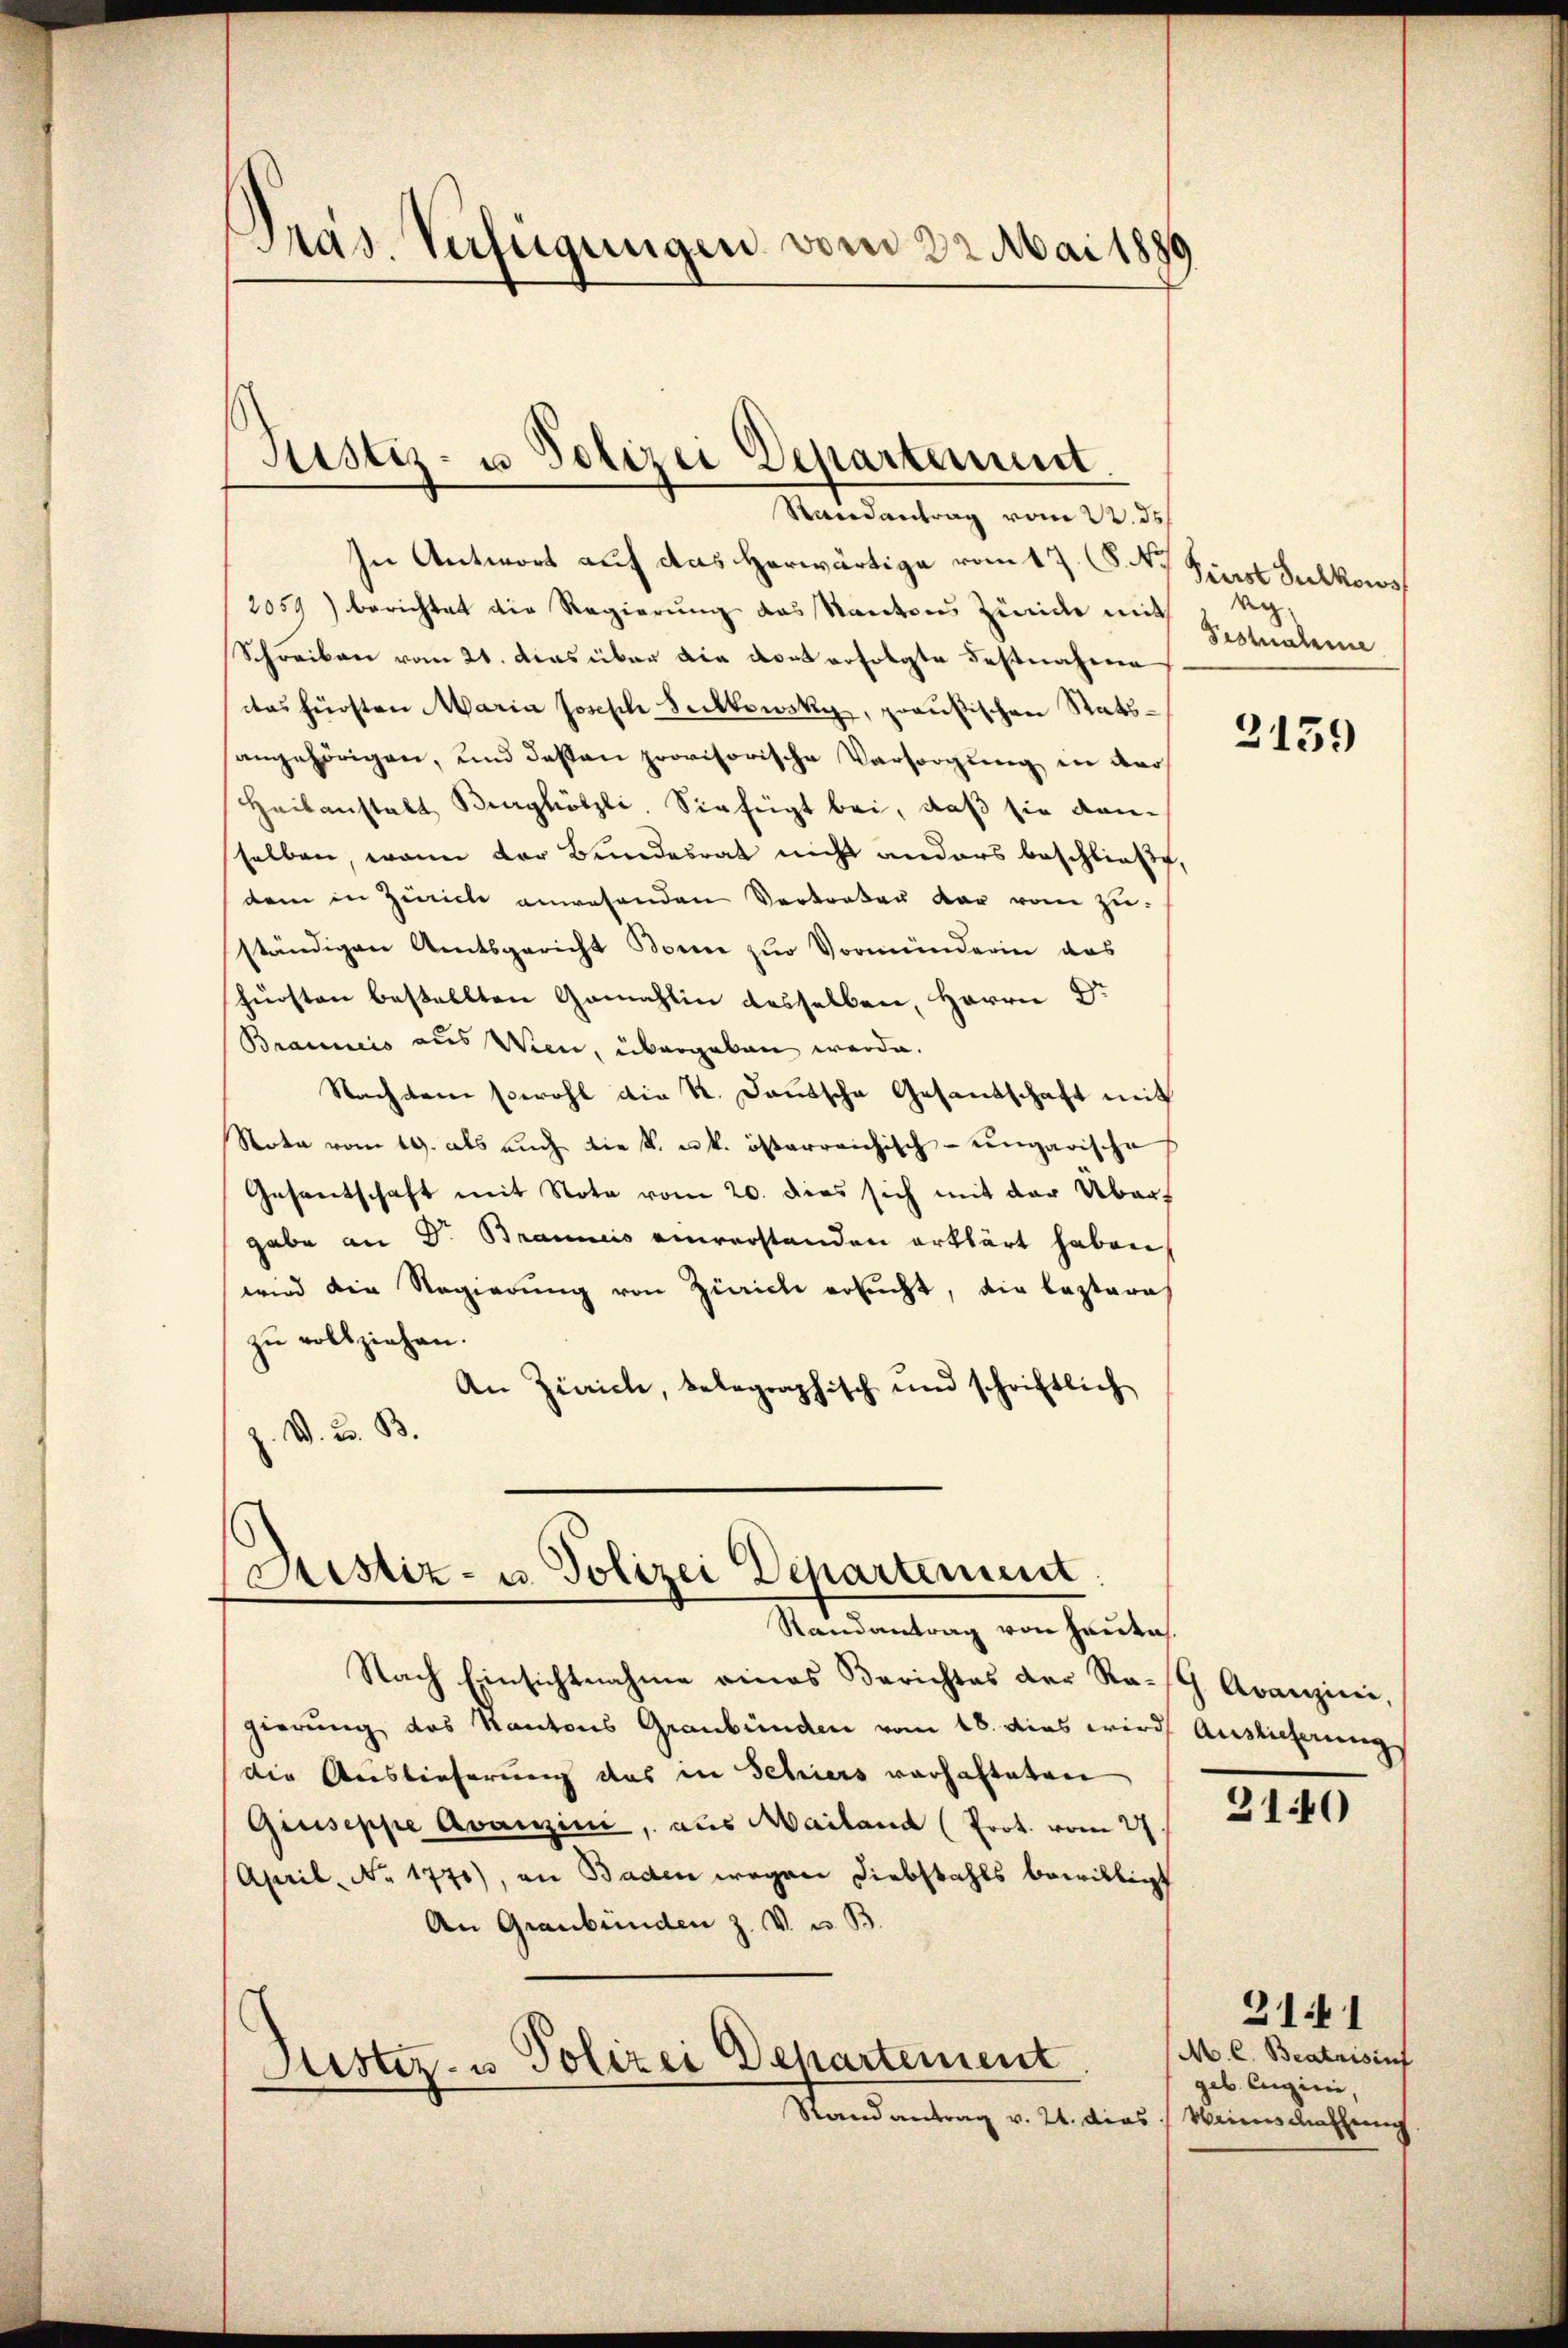
Pras. Verfügungen vom 22. Mai 1880

Justiz- u Polizei Departement
Randantrag vom 22. ds

In Antwort auf das herwärtige vom 17. (8. No
2051) berichtet die Regierung das Kantons Zünde mit
Schreiben vom 21. das über die dort erfolgte Festnahme
das fürsten Maria Joseph Suckkowsky, preußischen Statsangehörigen, und deßen provisorische Vorsorgung in der
Heilanstalt Burghölzli. Sie fügt bei, daß sie danselben, wenn der Bundesrat nicht anders beschließt,
dem in Zürich anwesenden Vertreten dar von zu-
ständigen Amtsgericht Bonn zur Vormünderin das
fürsten bestellten Gemahlin desselben, Herrn Dr
Braunis aus Wien, übergaben werde.
Nachdem sowohl die K. Deutsche Gesandschaft mit
Noka vom 19. als auch die k. k. österreichisch-ungarische
Gesantschaft mit Nota vom 20. dies sich mit der Übert
gabe an Dr. Braunis einverstanden erklärt haben,
wird die Regierung von Zürich ersucht, die lezteres
zu vollziehen.
An Zürich, belegraphisch und schriftlich
J. V. B. B.

Sistiz- u. Polizei Departement.
Randantrag von Hautas.

Nach Einsichtnahme eines Berichtes der Rath. Avanzini,
gierung das Kantons Graubünden vom 18. dies wird Auslieferungs
Die Auslieferung des in Schiers verhalteten
Giuseppe Avanzini, aus Mailand (Prot. vom 27.
April, No 1771), an Baden wegen Diebstahls bewilligt
An Graubünden Z. V. u. B.
Justiz- u Polizei Departement
Stand antrag v. 24. dies

Fürst Sulkows
g
Festnahme

2159

3140

3141
M. C. Beatrisiuf
geb. Eugini,
Mainis machung